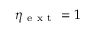
\eta _ { \mathrm { ~ e ~ x ~ t ~ } } = 1